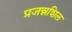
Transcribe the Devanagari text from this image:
प्रजन्नशिल